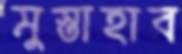
মুস্তাহাব